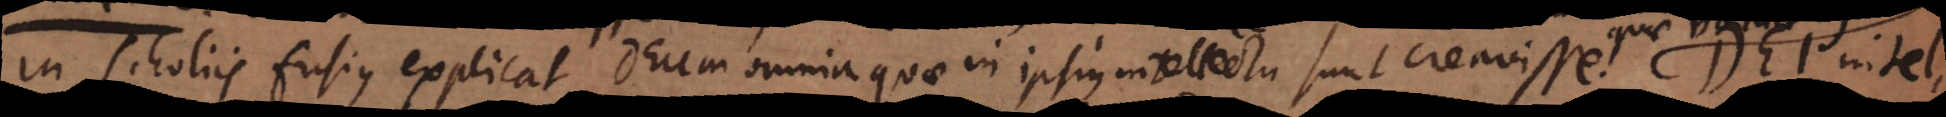
In Scholiis fusius explicat Deum omnia quae in ipsius intellectu sunt creavisse. Dei intelle